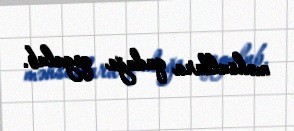
məhsullara qadağa qoyulub.